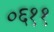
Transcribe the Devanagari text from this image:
०६११